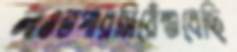
লাওতপারসিয়েঁশুধেছি